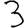
Digit: 3